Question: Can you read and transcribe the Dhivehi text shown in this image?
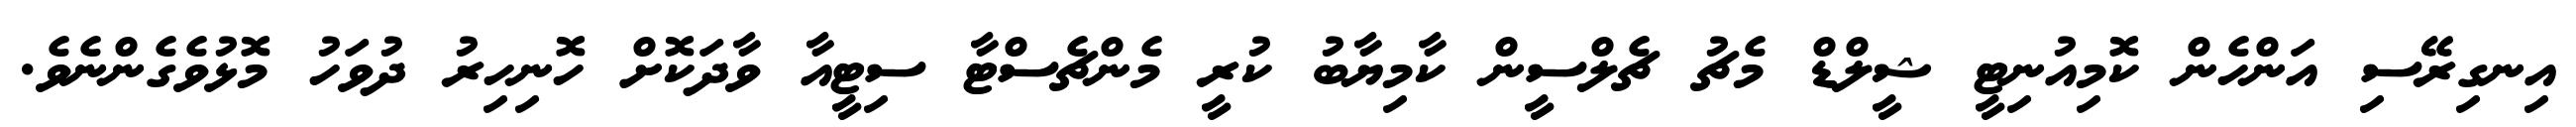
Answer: އިނގިރޭސި އަންހެން ކޮމިއުނިޓީ ޝީލްޑް މެޗު ޗެލްސީން ކާމިޔާބު ކުރީ މެންޗެސްޓާ ސިޓީއާ ވާދަކޮށް ހޮނިހިރު ދުވަހު މޮޅުވެގެންނެވެ.